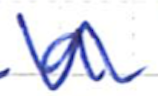
Text: a
Cross-out: wave
Writing tool: ballpoint